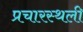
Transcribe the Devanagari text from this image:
प्रचारस्‍थली